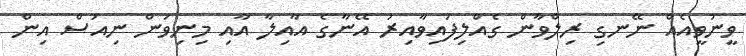
ވީނުވީއެއް ނޭނގި ރިލްވާން ގެއްލިފައިވާއިރު އޭނާގެ އާއިލާ އާއި މިނިވަން ނިއުސް އިން